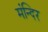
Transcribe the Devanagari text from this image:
मंन्दिर